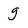
Character: g